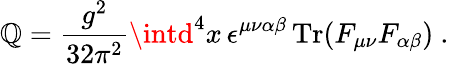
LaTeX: \mathbb{Q}=\frac{{g^{2}}}{{32\pi^{2}}}\intd^{4}x\, \epsilon^{\mu\nu\alpha\beta}\, \mathrm{{Tr}}(F_{\mu\nu}F_{\alpha\beta})\ .